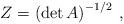
LaTeX: \begin{align*}Z=\left( \det A \right)^{-1/2}\:,\end{align*}